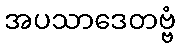
အပသာဒေတဗ္ဗံ